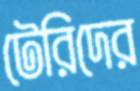
টেরিদের